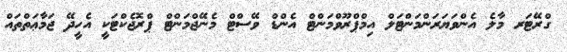
ގްރޭޓަރ މާލެ އެންވަޔަރަންމަންޓަލް އިމްޕްރޫވްމަންޓް އެންޑް ވޭސްޓް މެނޭޖްމަންޓް ޕްރޮޖެކްޓަކީ އެހީދޭ ޖަމާޢަތްތައް